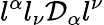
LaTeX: l^{\alpha}l_{\nu}\mathcal{D}_{\alpha}l^{\nu}